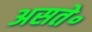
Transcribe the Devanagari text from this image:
असते॰